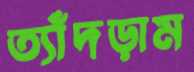
ত্যাঁদড়াম